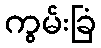
ကွမ်းခြံ